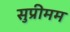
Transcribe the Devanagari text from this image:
सुप्रीमम